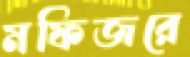
মফিজরে